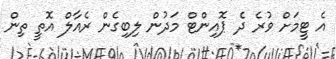
އެ ޓީމަށް ވުރެ ދެ ޕޮއިންޓް މަދުން ލިބިގެން ރެއާލް އޮތީ ތިން